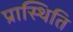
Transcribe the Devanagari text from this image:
प्रास्थिति